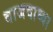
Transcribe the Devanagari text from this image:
वाजवाव्या